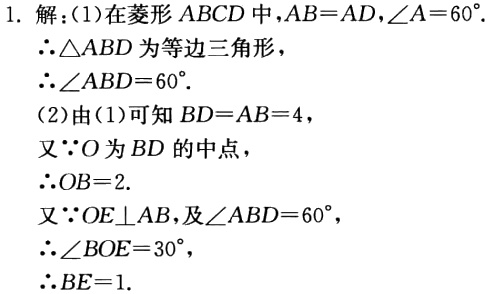
1. 解：
(1)在菱形 \(ABCD\) 中，\(AB = AD\)，\(\angle A=60^{\circ}\).
\(\therefore\triangle ABD\) 为等边三角形，
\(\therefore\angle ABD = 60^{\circ}\).
(2)由(1)可知 \(BD = AB = 4\)，
又 \(\because O\) 为 \(BD\) 的中点，
\(\therefore OB = 2\).
又 \(\because OE\perp AB\)，及 \(\angle ABD = 60^{\circ}\)，
\(\therefore\angle BOE = 30^{\circ}\)，
\(\therefore BE = 1\).